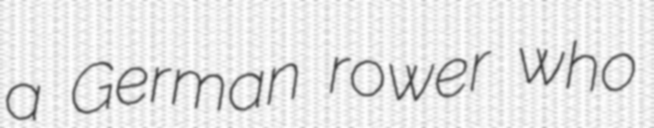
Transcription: a German rower who